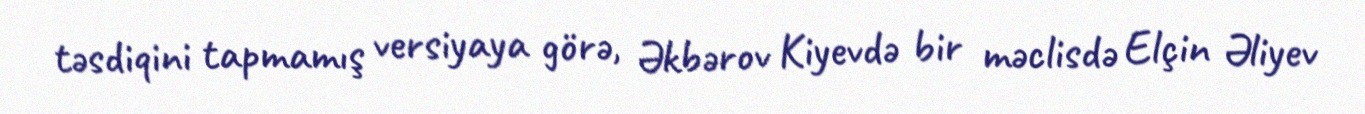
təsdiqini tapmamış versiyaya görə, Əkbərov Kiyevdə bir məclisdə Elçin Əliyev